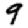
Digit: 9